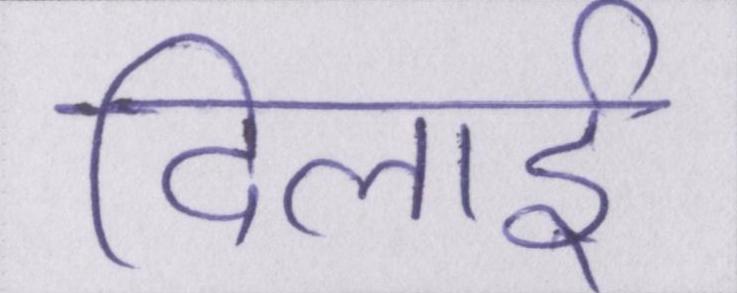
दिलाई